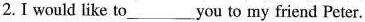
2.I would like to___you to my friend Peter.